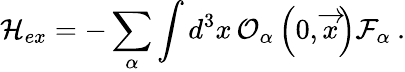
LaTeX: {\cal H}_{ex}=-\sum_{\alpha}\int d^{3}x\, {\cal O}_{\alpha}\left(0,\overrightarrow{x}\right){\cal F}_{\alpha}\: .